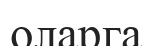
оларга